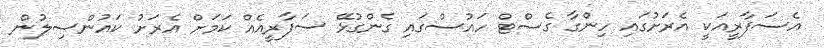
އެސަފާރީއަކީ އެރަށުގައި ހިންގާ ގެސްޓް ހައުސްގައި ގެންގުޅޭ ސަފާރީއެއް ކަމަށް އެރަށު ކައުންސިލުން